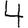
Digit: 4